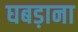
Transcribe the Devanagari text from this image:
घबड़ाना